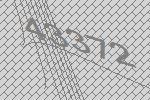
43372